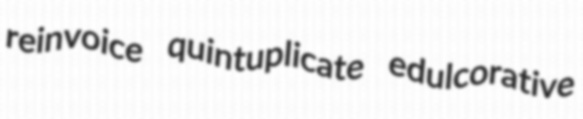
reinvoice quintuplicate edulcorative